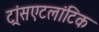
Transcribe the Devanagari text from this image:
ट्रांसएटलांटिक